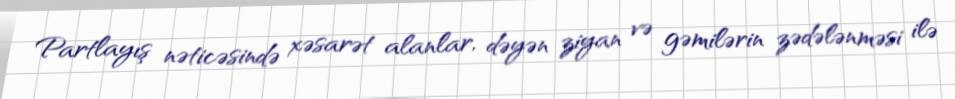
Partlayış nəticəsində xəsarət alanlar, dəyən ziyan və gəmilərin zədələnməsi ilə